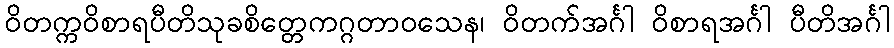
ဝိတက္ကဝိစာရပီတိသုခစိတ္တေကဂ္ဂတာဝသေန၊ ဝိတက်အင်္ဂါ ဝိစာရအင်္ဂါ ပီတိအင်္ဂါ